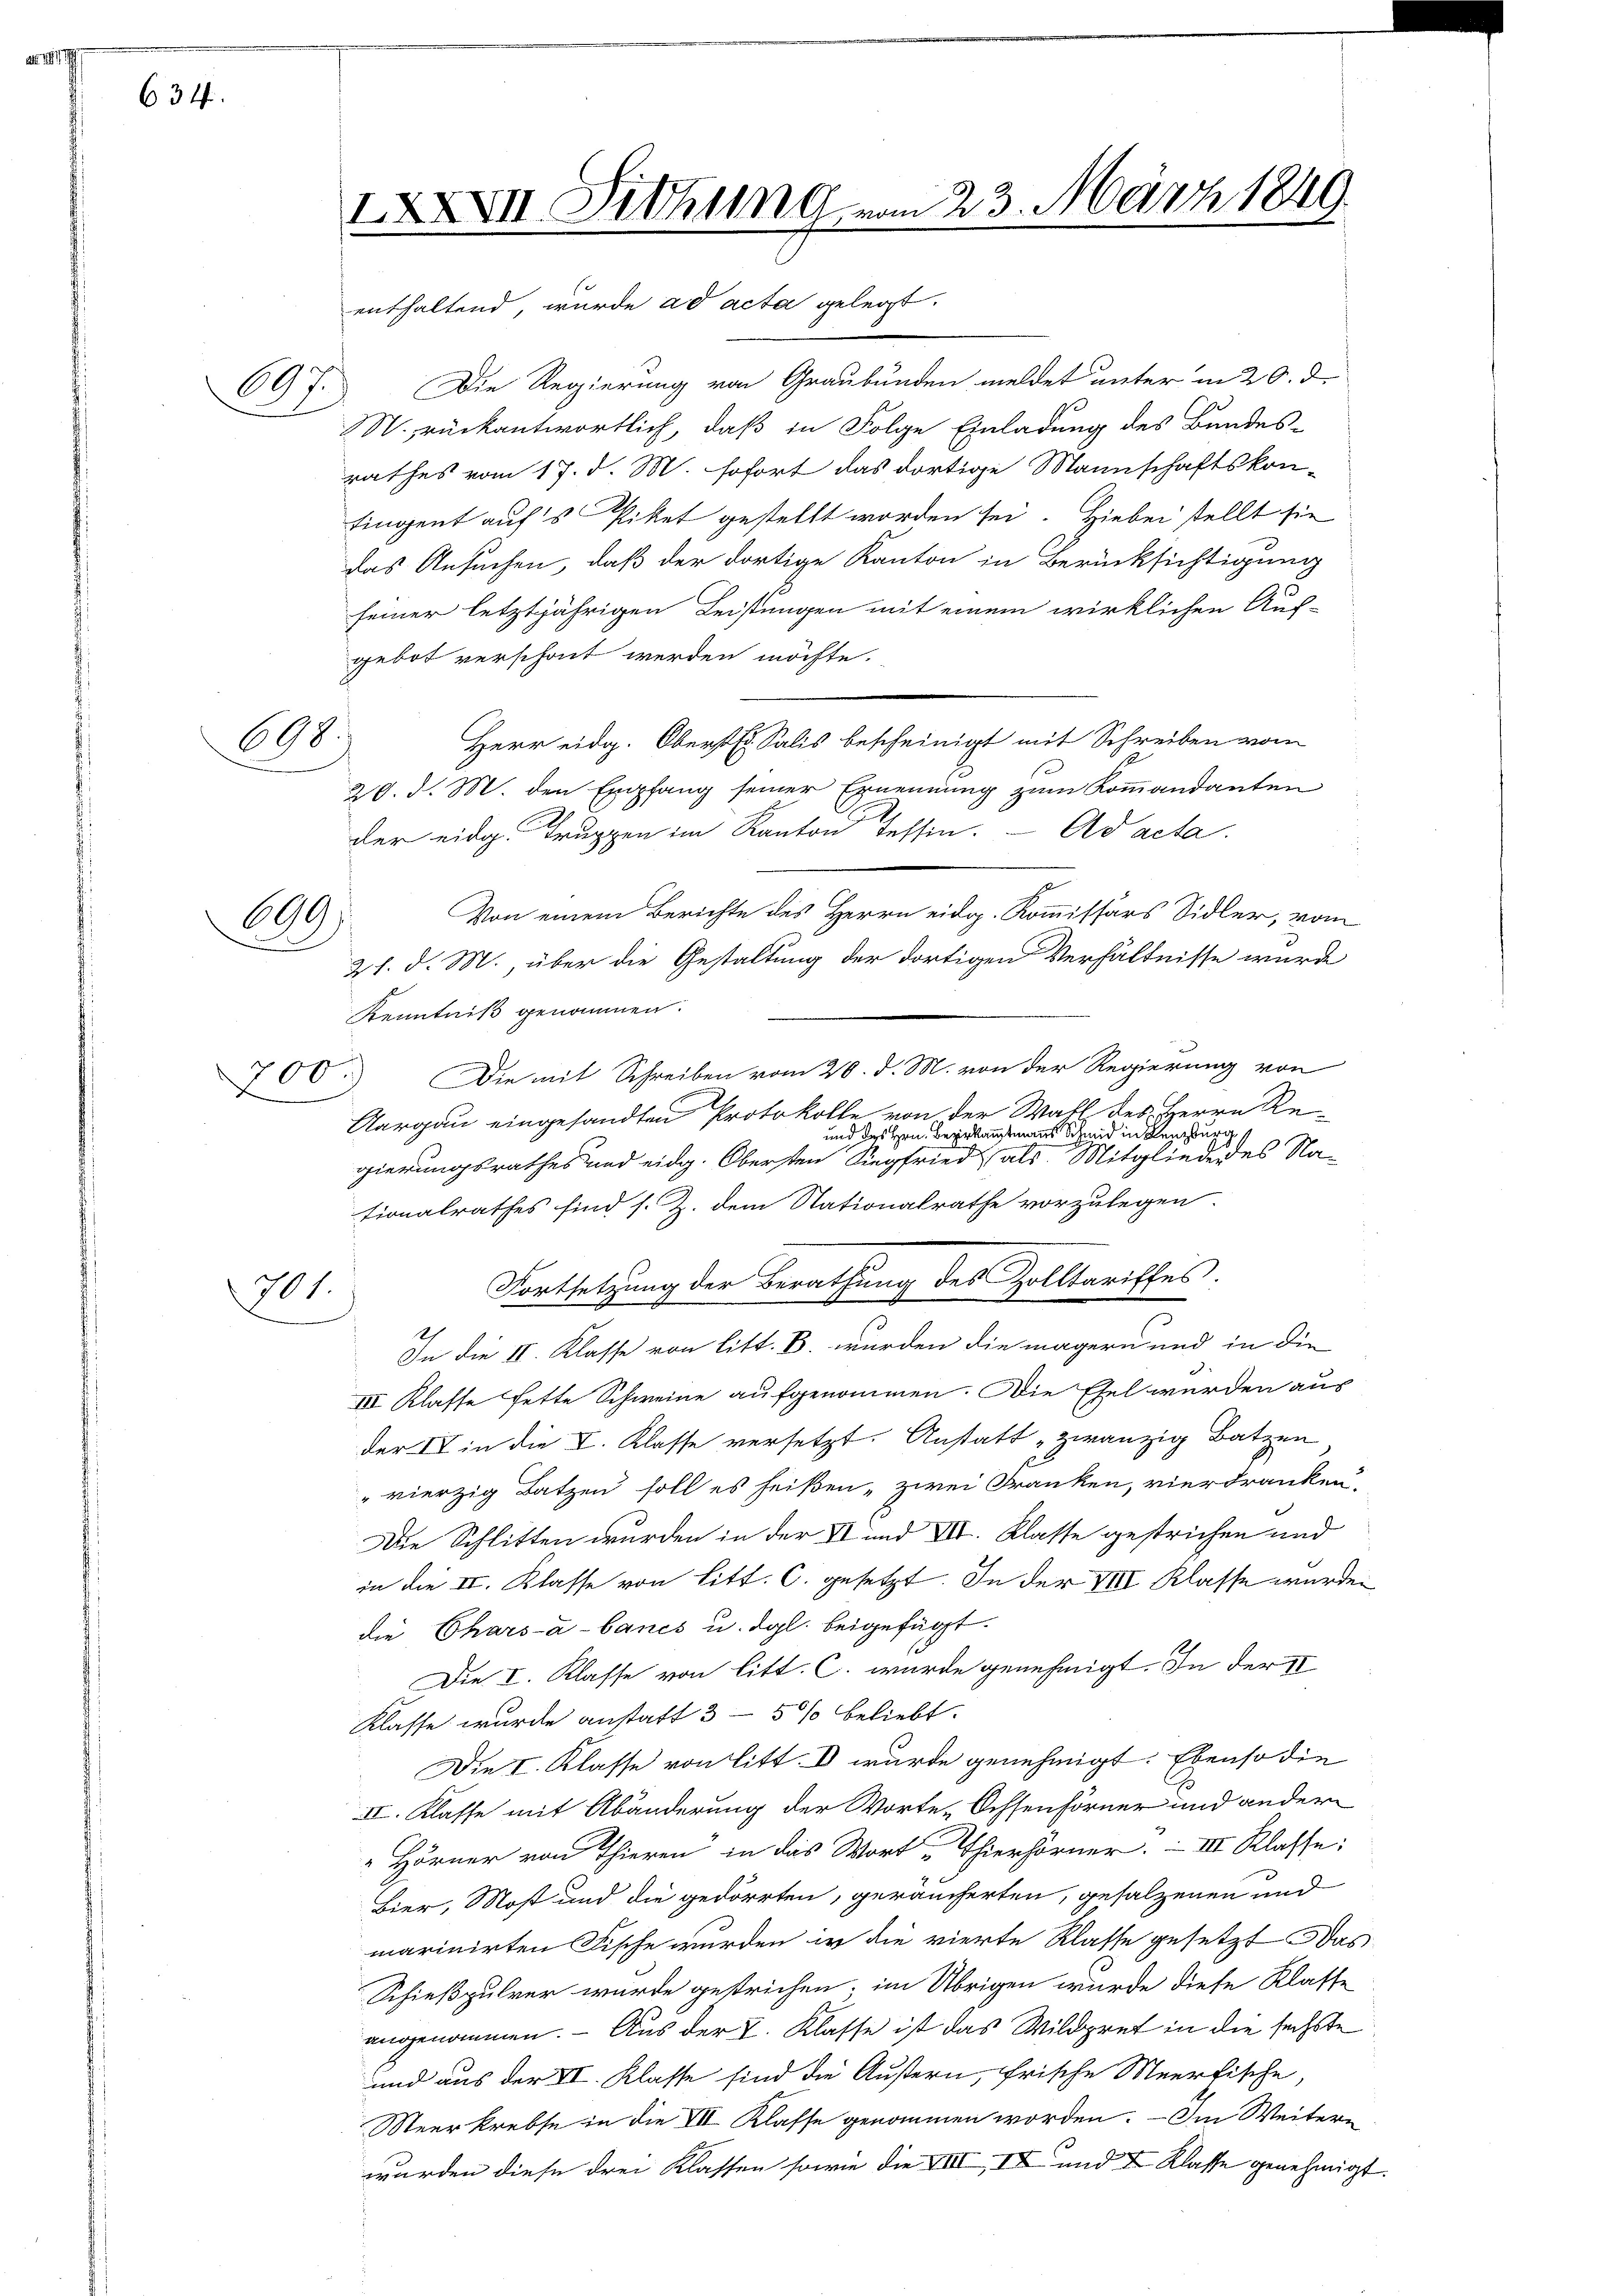
634.

A

698

699.

h

700.

501.

IXXXVII. Dithung vom 23. März 1840.
enthaltend, wurde ad acta gelegt.

Die Regierung von Graubünden meldet unter in 20. d.
N. rückantwortlich, daß in Folge Einladung des Bandes-
rathes vom 17. d. M. sofort das dortige Mannschaftskontingent auf's Piket gestellt worden sei. Hiebei stellt sie
das Ansuchen, daß der dortige Kanton in Berücksichtigung
seiner letztjährigen Leistungen mit einem wirklichen Auf-
gebot verschont werden möchte.
Herr eidg. Oberst Salis bescheinigt mit Schreiben vom
20. d. M. den Empfang seiner Ernennung zum Kommandanten
der eidg. Truppen im Kanton Tessin. - Ad acta.
Von einem Berichte des Herrn eidg. Kommissärs Sidler, vom
21. d. M., über die Gestaltung der dortigen Verhältnisse wurde
Kenntniß genommen.
Die mit Schreiben vom 20. d. M. von der Regierung von
Aargau eingesandten Protokolle von der Wahl des Herrn Re-
und des Hrn. Bezirkanntmanns Schmid in Renzu
gierungsrathes und eidg. Obersten Siegfried als Mitgliede des Nationalrathes sind s. Z. dem Nationalrathe vorzulegen.
Fortsetzung der Berathung des Zolltariffes.
In die II. Klasse von litt. B. wurden die mägern und in die
III. Klasse fette Schweine aufgenommen. Die Ehel wurden aus
der IV in die I. Klasse versetzt. Anstatt „zwanzig Batzen
"vierzig Batzen soll es heißen - zwei Franken, vierdranken,
Die Schlitten wurden in der II und VII. Klasse gestrichen und
in die II. Klasse von Litt. C. gesetzt. In der XIII Klasse wurden
die Charsa-banes u. dgl. beigefügt.
Die I. Klasse von litt. C. wurde genehmigt. In der II
Klasse wurde anstatt 3 - 5 % beliebt.
Die I. Klasse von litt. d wurde genehmigt. Ebenso die
II. Klasse mit Abänderung der Worte Ochsenhörner und andern
„Hörner von Thieren in das Wort Thierhörner. III Klasse:
Bier, Most und die gedörrten, geräucherten, gesalzenen und
marinirten Fische wurden in die vierte Klasse gesetzt das
Schießpulver wurde gestrichen; im Übrigen wurde diese Klasse
angenommen. - Aus der I. Klasse ist das Wildpret in die sechste
und aus der II. Klasse sind die Äußern, frische Meerfische,
Meerkrebse in die VII Klasse genommen worden. — Im Weitern
wurden diese drei Klassen sowie die XIII, II und I Klasse genehmigt.